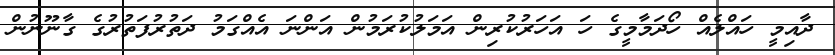
ދާއިމީ ހައްލެއް ހޯދަމާމީގެ ހަ އަހަރުކުރިން އަމަލުކުރަމުން އަންނަ އެއްގަމު ދަތުރުފަތުރުގެ ގާނޫނުން